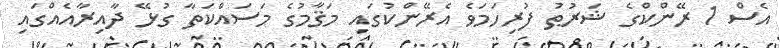
އެސް 1 ރޭންކްގެ ޝަރުޠު ފުރިހަމަވެ އެރޭންކުގައި މަޤާމުގެ މަސައްކަތާ ގުޅޭ ދާއިރާއެއްގައި